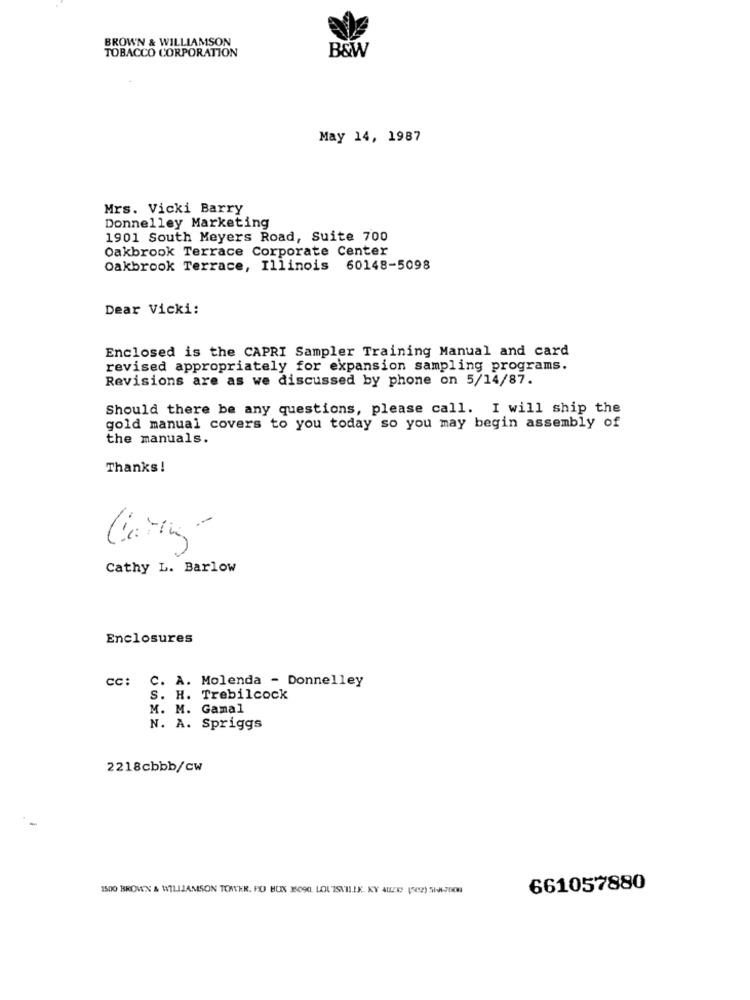
BROWN & WILLIAMSON
TOBACCO CORPORATION
B&W
May 14, 1987
Mrs. Vicki Barry
Donnelley Marketing
1901 South Meyers Road, Suite 700
Oakbrook Terrace Corporate Center
Oakbrook Terrace, Illinois 60148-5098
Dear Vicki:
Enclosed is the CAPRI Sampler Training Manual and card
revised appropriately for expansion sampling programs.
Revisions are as we discussed by phone on 5/14/87.
Should there be any questions, please call. I will ship the
gold manual covers to you today so you may begin assembly of
the manuals.
Thanks!
Cathy L. Barlow
Enclosures
cc: C. A. Molenda - Donnelley
S. H. Trebilcock
M. M. Gamal
N. A. Spriggs
2218cbbb/cw
1500 BROWN & WILLIAMSON TOWER. PO BUN 35090. LOUISVILLE, KY AUZES (502) 5H4-7008
661057880